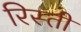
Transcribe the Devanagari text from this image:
रिस्ती